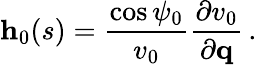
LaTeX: {\mathbf h}_{0}(s)=\frac{\cos\psi_{0}}{v_{0}}\frac{\partial v_{0}}{\partial{\mathbf q}}\, .